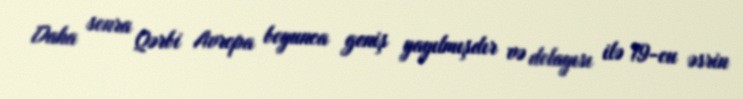
Daha sonra Qərbi Avropa boyunca geniş yayılmışdır və dolayısı ilə 19-cu əsrin